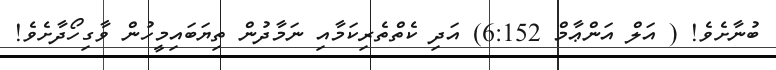
ބުނާށެވެ! ( އަލް އަންޢާމް 6:152) އަދި ކެތްތެރިކަމާއި ނަމާދުން ތިޔަބައިމީހުން ވާގިހޯދާށެވެ!